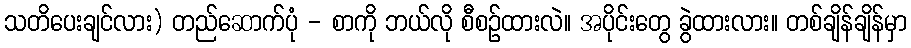
သတိပေးချင်လား) တည်ဆောက်ပုံ - စာကို ဘယ်လို စီစဉ်ထားလဲ။ အပိုင်းတွေ ခွဲထားလား။ တစ်ချိန်ချိန်မှာ